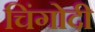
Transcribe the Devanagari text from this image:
चिंगोदी